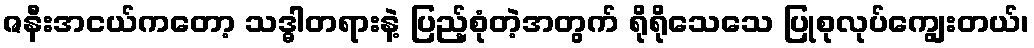
ဇနီးအငယ်ကတော့ သဒ္ဓါတရားနဲ့ ပြည့်စုံတဲ့အတွက် ရိုရိုသေသေ ပြုစုလုပ်ကျွေးတယ်၊